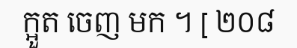
ក្អួត ចេញ មក ។ [ ២០៨